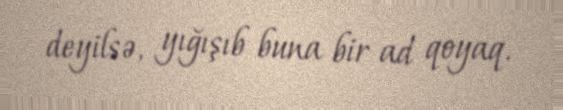
deyilsə, yığışıb buna bir ad qoyaq.